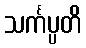
သင်္ကပ္ပတိ